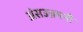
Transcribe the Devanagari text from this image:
अंसउन्नमनी